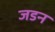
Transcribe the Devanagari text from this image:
जडन